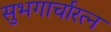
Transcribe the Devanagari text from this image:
सुभगार्चारत्न